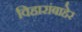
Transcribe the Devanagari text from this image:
विहारांबाहेर